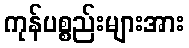
ကုန်ပစ္စည်းများအား